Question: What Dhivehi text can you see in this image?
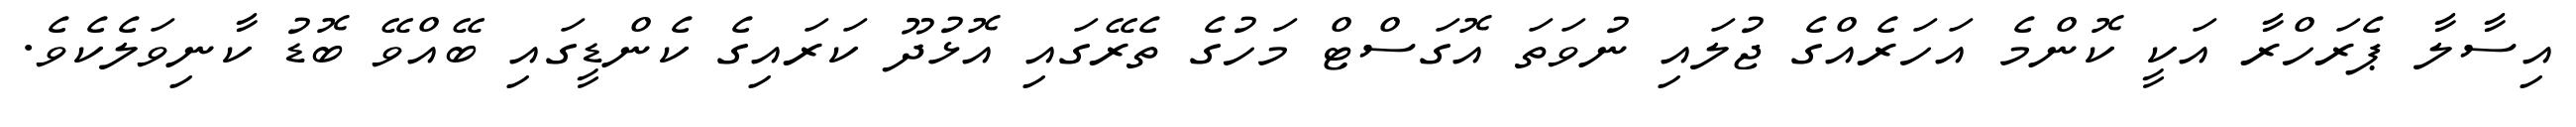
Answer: އިސާލާ ޕެރަހްރާ އަކީ ކޮންމެ އަހަރެއްގެ ޖުލައި ނުވަތަ އޮގަސްޓް މަހުގެ ތެރޭގައި އޮޅުދޫ ކަރައިގެ ކެންޑީގައި ބޭއްވޭ ބޮޑު ކާނިވަލެކެވެ.